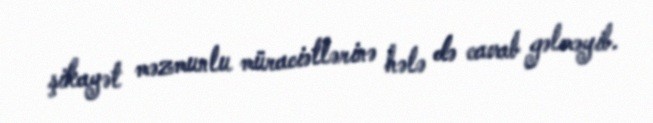
şikayət məzmunlu müraciətlərinə hələ də cavab gəlməyib.